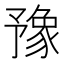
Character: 豫